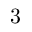
3